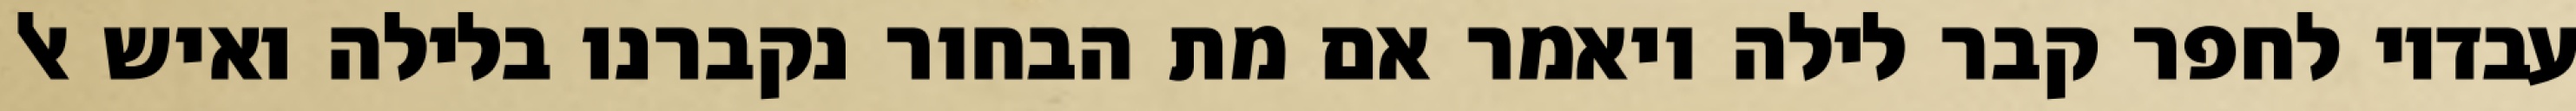
עבדיו לחפר קבר לילה ויאמר אם מת הבחור נקברנו בלילה ואיש אל